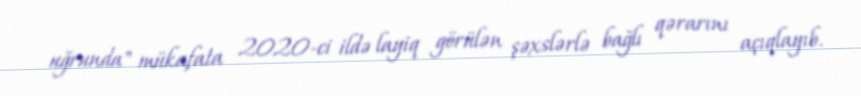
uğrunda" mükafata 2020-ci ildə layiq görülən şəxslərlə bağlı qərarını açıqlayıb.